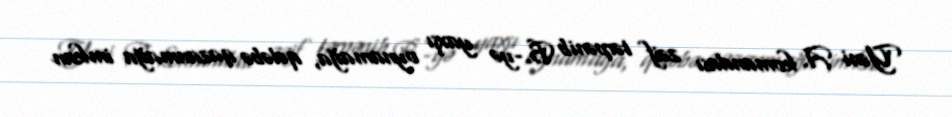
Yəni A. komandası zəif tərpənib B.-yə yaxşı oynamağa, qələbə qazanmağa imkan